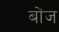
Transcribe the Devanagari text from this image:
बोंज